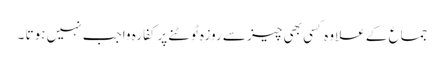
جماع کے علاوہ کسی بھی چیز سے روزہ ٹوٹنے پرکفارہ واجب نہیں ہوتا ۔